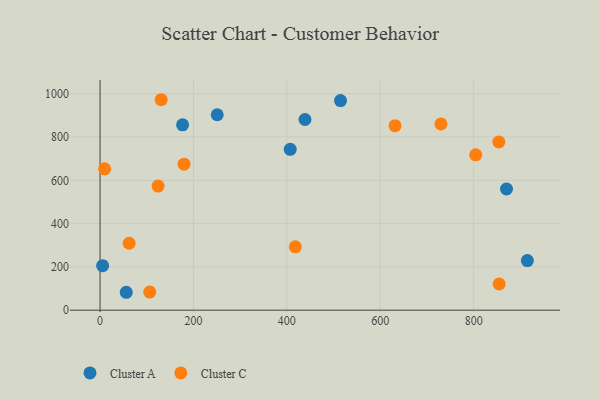
{"axis": {"x": "Engine Size", "y": "Exam Score"}, "legend": ["Cluster A", "Cluster C"], "data": [{"x": "5.5", "y": 205.7, "type": "Cluster A"}, {"x": "250.9", "y": 902.7, "type": "Cluster A"}, {"x": "176.7", "y": 856.2, "type": "Cluster A"}, {"x": "915.0", "y": 229.2, "type": "Cluster A"}, {"x": "438.8", "y": 880.8, "type": "Cluster A"}, {"x": "870.3", "y": 559.9, "type": "Cluster A"}, {"x": "56.1", "y": 82.7, "type": "Cluster A"}, {"x": "407.2", "y": 743.1, "type": "Cluster A"}, {"x": "514.9", "y": 968.5, "type": "Cluster A"}, {"x": "106.4", "y": 83.4, "type": "Cluster C"}, {"x": "124.2", "y": 573.2, "type": "Cluster C"}, {"x": "179.9", "y": 674.5, "type": "Cluster C"}, {"x": "62.3", "y": 309.2, "type": "Cluster C"}, {"x": "729.9", "y": 860.3, "type": "Cluster C"}, {"x": "9.7", "y": 653.1, "type": "Cluster C"}, {"x": "853.9", "y": 776.9, "type": "Cluster C"}, {"x": "418.1", "y": 292.5, "type": "Cluster C"}, {"x": "130.9", "y": 972.2, "type": "Cluster C"}, {"x": "631.7", "y": 852.1, "type": "Cluster C"}, {"x": "804.4", "y": 717.8, "type": "Cluster C"}, {"x": "854.6", "y": 121.0, "type": "Cluster C"}]}